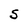
Character: S